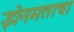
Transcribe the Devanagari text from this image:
झेनमताचा